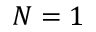
N = 1